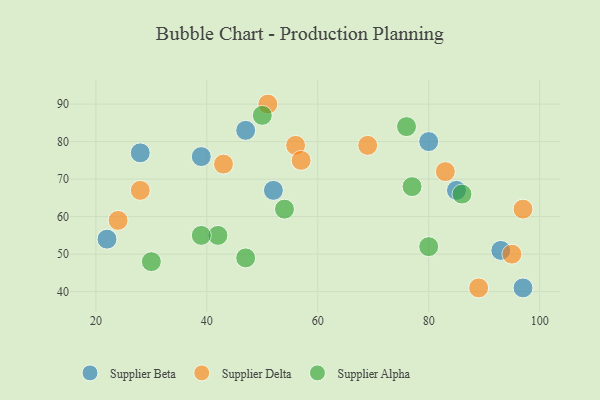
{"axis": {"x": "GDP", "y": "Life Expectancy"}, "legend": ["Supplier Alpha", "Supplier Beta", "Supplier Delta"], "data": [{"x": "85", "y": 67, "type": "Supplier Beta"}, {"x": "93", "y": 51, "type": "Supplier Beta"}, {"x": "80", "y": 80, "type": "Supplier Beta"}, {"x": "97", "y": 41, "type": "Supplier Beta"}, {"x": "52", "y": 67, "type": "Supplier Beta"}, {"x": "39", "y": 76, "type": "Supplier Beta"}, {"x": "22", "y": 54, "type": "Supplier Beta"}, {"x": "28", "y": 77, "type": "Supplier Beta"}, {"x": "47", "y": 83, "type": "Supplier Beta"}, {"x": "43", "y": 74, "type": "Supplier Delta"}, {"x": "56", "y": 79, "type": "Supplier Delta"}, {"x": "95", "y": 50, "type": "Supplier Delta"}, {"x": "24", "y": 59, "type": "Supplier Delta"}, {"x": "69", "y": 79, "type": "Supplier Delta"}, {"x": "28", "y": 67, "type": "Supplier Delta"}, {"x": "57", "y": 75, "type": "Supplier Delta"}, {"x": "51", "y": 90, "type": "Supplier Delta"}, {"x": "89", "y": 41, "type": "Supplier Delta"}, {"x": "97", "y": 62, "type": "Supplier Delta"}, {"x": "83", "y": 72, "type": "Supplier Delta"}, {"x": "54", "y": 62, "type": "Supplier Alpha"}, {"x": "76", "y": 84, "type": "Supplier Alpha"}, {"x": "80", "y": 52, "type": "Supplier Alpha"}, {"x": "42", "y": 55, "type": "Supplier Alpha"}, {"x": "39", "y": 55, "type": "Supplier Alpha"}, {"x": "50", "y": 87, "type": "Supplier Alpha"}, {"x": "77", "y": 68, "type": "Supplier Alpha"}, {"x": "86", "y": 66, "type": "Supplier Alpha"}, {"x": "47", "y": 49, "type": "Supplier Alpha"}, {"x": "30", "y": 48, "type": "Supplier Alpha"}]}